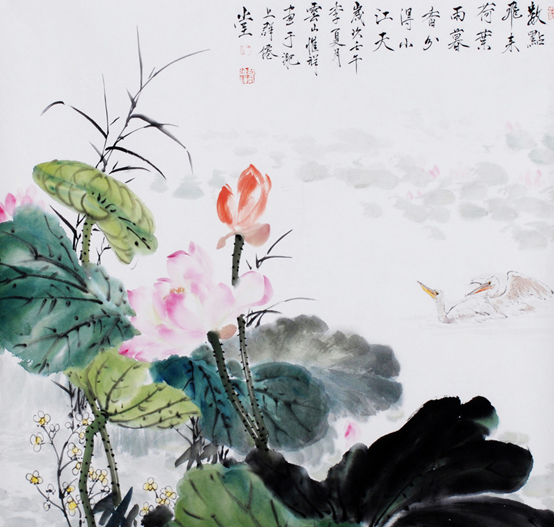
纷纷坠叶飘香砌。夜寂静，寒声碎。